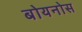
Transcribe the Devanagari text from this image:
बोयनोस